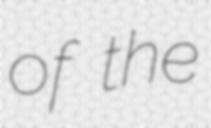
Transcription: of the